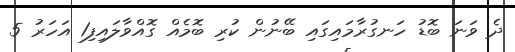
ދެ ވަނަ ބޮޑު ހަނގުރާމައިގައި ބޭނުން ކުރި ބޮމެއް ގޮއްވާލައިފި1 އަހަރު 5